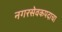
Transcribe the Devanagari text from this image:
नगरसेवकपदाचा